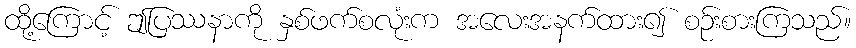
ထို့ကြောင့် ဤပြဿနာကို နှစ်ဖက်စလုံးက အလေးအနက်ထား၍ စဉ်းစားကြသည်။